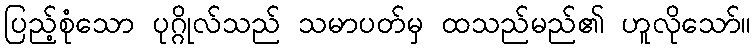
ပြည့်စုံသော ပုဂ္ဂိုလ်သည် သမာပတ်မှ ထသည်မည်၏ ဟူလိုသော်။